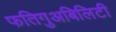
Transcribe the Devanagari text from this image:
फतिगुअबिलिटी